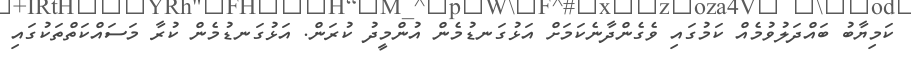
ކަމިޔާބު ބައްދަލުވުމެއް ކަމުގައި ވެގެންދާނެކަމަށް އަޅުގަނޑުމެން އުންމީދު ކުރަން. އަޅުގަނޑުމެން ކުރާ މަސައްކަތްތަކުގައި